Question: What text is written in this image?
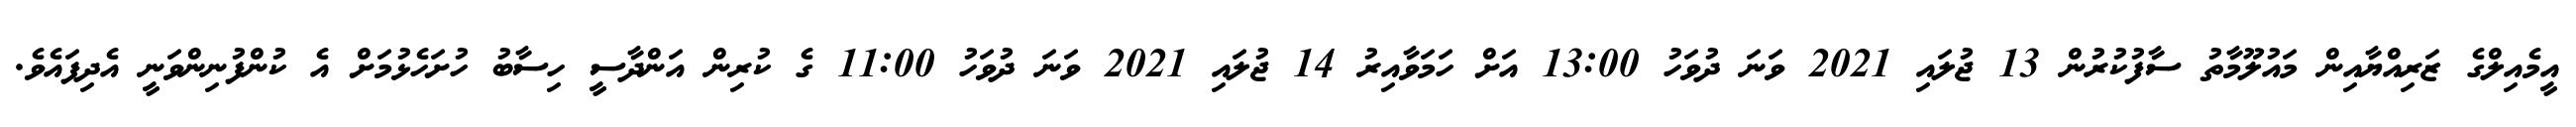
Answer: އީމެއިލްގެ ޒަރިއްޔާއިން މައުލޫމާތު ސާފުކުރުން 13 ޖުލައި 2021 ވަނަ ދުވަހު 13:00 އަށް ހަމަވާއިރު 14 ޖުލައި 2021 ވަނަ ދުވަހު 11:00 ގެ ކުރިން އަންދާސީ ހިސާބު ހުށަހެޅުމަށް އެ ކުންފުނިންވަނީ އެދިފައެވެ.